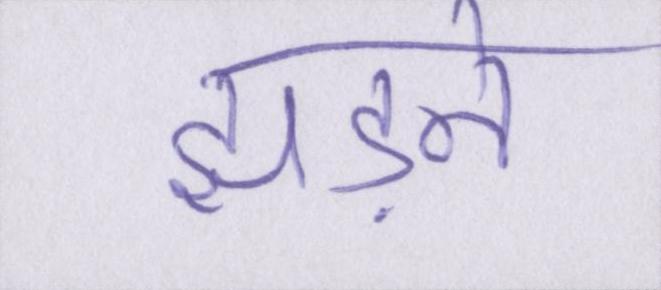
झड़ने